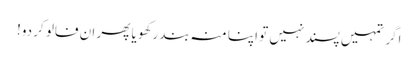
اگر تمہیں پسند نہیں تو اپنا منہ بند رکھو یا پھر ان فالو کر دو!